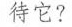
待它?